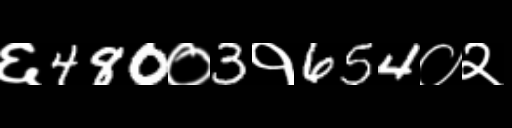
Text: ६480०3१654०२